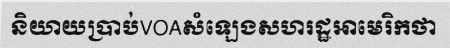
និយាយប្រាប់VOAសំឡេងសហរដ្ឋអាមេរិកថា